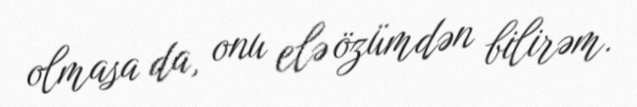
olmasa da, onu elə özümdən bilirəm.